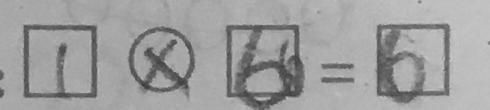
\boxed { 1 } \textcircled { \times } \boxed { 6 0 } = \boxed { 6 }